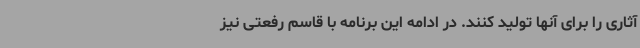
آثاری را برای آنها تولید کنند. در ادامه این برنامه با قاسم رفعتی نیز